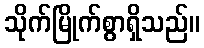
သိုက်မြိုက်စွာရှိသည်။